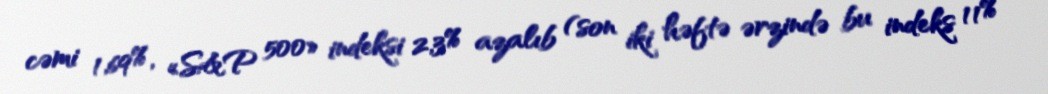
cəmi 1,69%, «S&P 500» indeksi 2,3% azalıb (son iki həftə ərzində bu indeks 11%